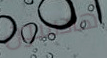
هادسون